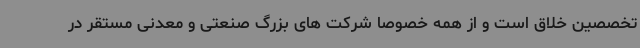
تخصصین خلاق است و از همه خصوصا شرکت های بزرگ صنعتی و معدنی مستقر در